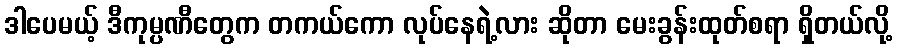
ဒါပေမယ့် ဒီကုမ္ပဏီတွေက တကယ်ကော လုပ်နေရဲ့လား ဆိုတာ မေးခွန်းထုတ်စရာ ရှိတယ်လို့